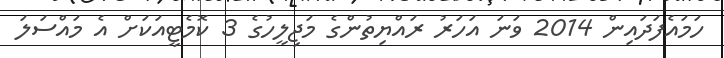
ހަމައެފަދައިން 2014 ވަނަ އަހަރު ރައްޔިތުންގެ މަޖިލީހުގެ 3 ކޮމެޓީއަކަށް އެ މައްސަލަ